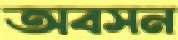
অবসন